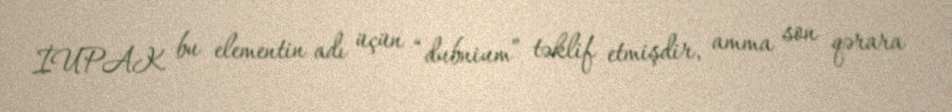
İUPAK bu elementin adı üçün “dubnium” təklif etmişdir, amma son qərara